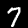
Label: 7